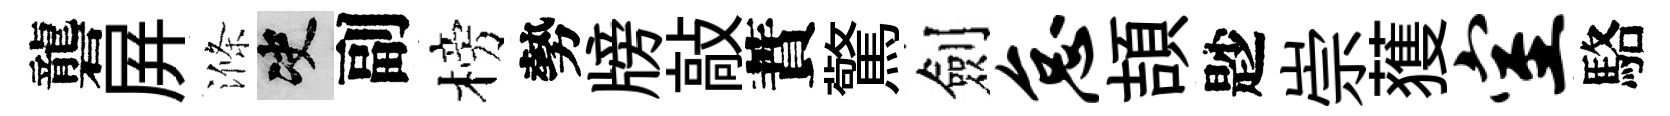
礱屛滌决副榜勢牓敲蕡驚劍怠頡尟崇𫉬室駱